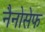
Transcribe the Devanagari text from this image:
नैनोसेफ